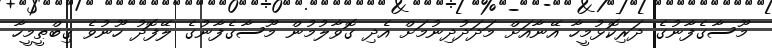
މޫސާގެފާނުގެ ދަރިކޮޅުމީހާ އޭނާއަށް މަދަދުދިނުމަށް އެދި ގޮވާލުމުން މޫސާގެފާނުގެ ލޭފޮދު ހޫނުވެ ޤިބްޠީމީހާ